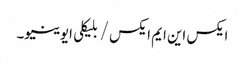
ایکس این ایم ایکس / بلیکلی ایوینیو۔